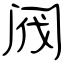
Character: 阀